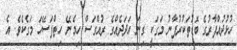
ހުޅުދުއްފާރުގެ ބޮޑުތަކުރުފާނު މަގަކީ ގިނަ އަދަދެއްގެ ރުއްގަސް ހިމެނޭ ހިތްފަސޭހަ މަގެކެވެ. އެ